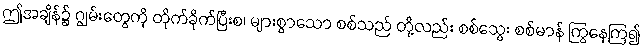
ဤအချိန်၌ ဂျွမ်းတွေကို တိုက်ခိုက်ပြီးစ၊ များစွာသော စစ်သည် တို့လည်း စစ်သွေး စစ်မာန် ကြွနေကြ၍